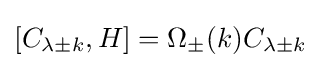
[C_{\lambda \pm k},H]=\Omega _{\pm }(k)C_{\lambda \pm k}